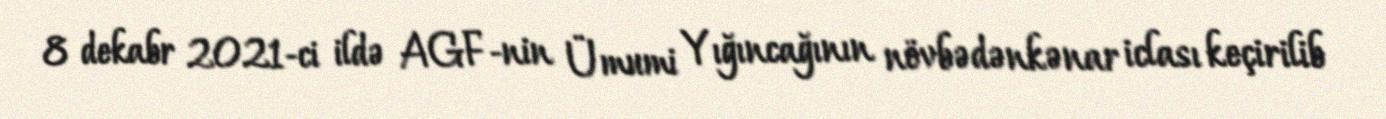
8 dekabr 2021-ci ildə AGF-nin Ümumi Yığıncağının növbədənkənar iclası keçirilib